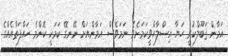
އަމާން ޤަބޫލްކުރީ ހަޔާ އިސްލާހްވީކަމަށެވެ. ނަމަވެސް އަމާންއަށް ނޭނގޭ ކަމަކީ ކޮންމެ ހައްފަތާއެއްގެ